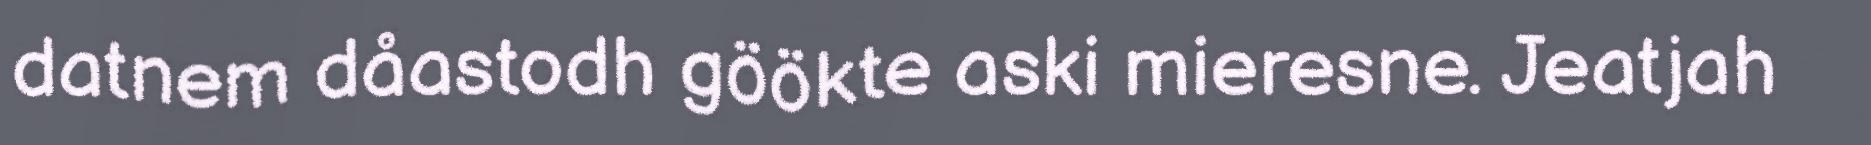
datnem dåastodh göökte aski mieresne. Jeatjah